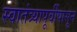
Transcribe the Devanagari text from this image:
स्वातंत्र्यापूर्वीपासून